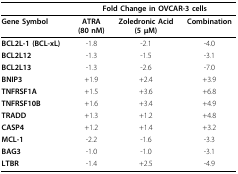
<table><thead><tr><td></td><td colspan="3"><b>Fold Change in OVCAR-3 cells</b></td></tr></thead><tbody><tr><td><b>Gene Symbol</b></td><td><b>ATRA</b><b>(80 nM)</b></td><td><b>Zoledronic Acid</b><b>(5 μM)</b></td><td><b>Combination</b></td></tr><tr><td><b>BCL2L-1 (BCL-xL)</b></td><td>-1.8</td><td>-2.1</td><td>-4.0</td></tr><tr><td><b>BCL2L12</b></td><td>-1.3</td><td>-1.5</td><td>-3.1</td></tr><tr><td><b>BCL2L13</b></td><td>-1.3</td><td>-2.6</td><td>-7.0</td></tr><tr><td><b>BNIP3</b></td><td>+1.9</td><td>+2.4</td><td>+3.9</td></tr><tr><td><b>TNFRSF1A</b></td><td>+1.5</td><td>+3.6</td><td>+6.8</td></tr><tr><td><b>TNFRSF10B</b></td><td>+1.6</td><td>+3.4</td><td>+4.9</td></tr><tr><td><b>TRADD</b></td><td>+1.3</td><td>+1.2</td><td>+4.8</td></tr><tr><td><b>CASP4</b></td><td>+1.2</td><td>+1.4</td><td>+3.2</td></tr><tr><td><b>MCL-1</b></td><td>-2.2</td><td>-1.6</td><td>-3.3</td></tr><tr><td><b>BAG3</b></td><td>-1.0</td><td>-1.0</td><td>-3.1</td></tr><tr><td><b>LTBR</b></td><td>-1.4</td><td>+2.5</td><td>-4.9</td></tr></tbody></table>